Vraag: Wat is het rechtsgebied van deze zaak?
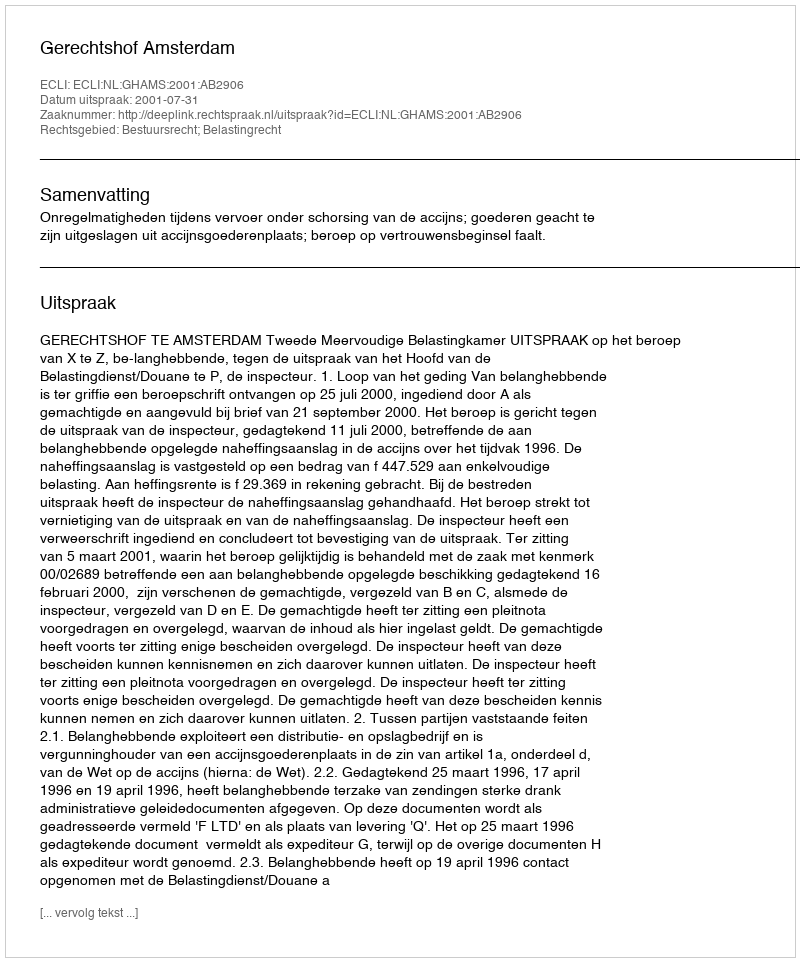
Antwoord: Bestuursrecht; Belastingrecht